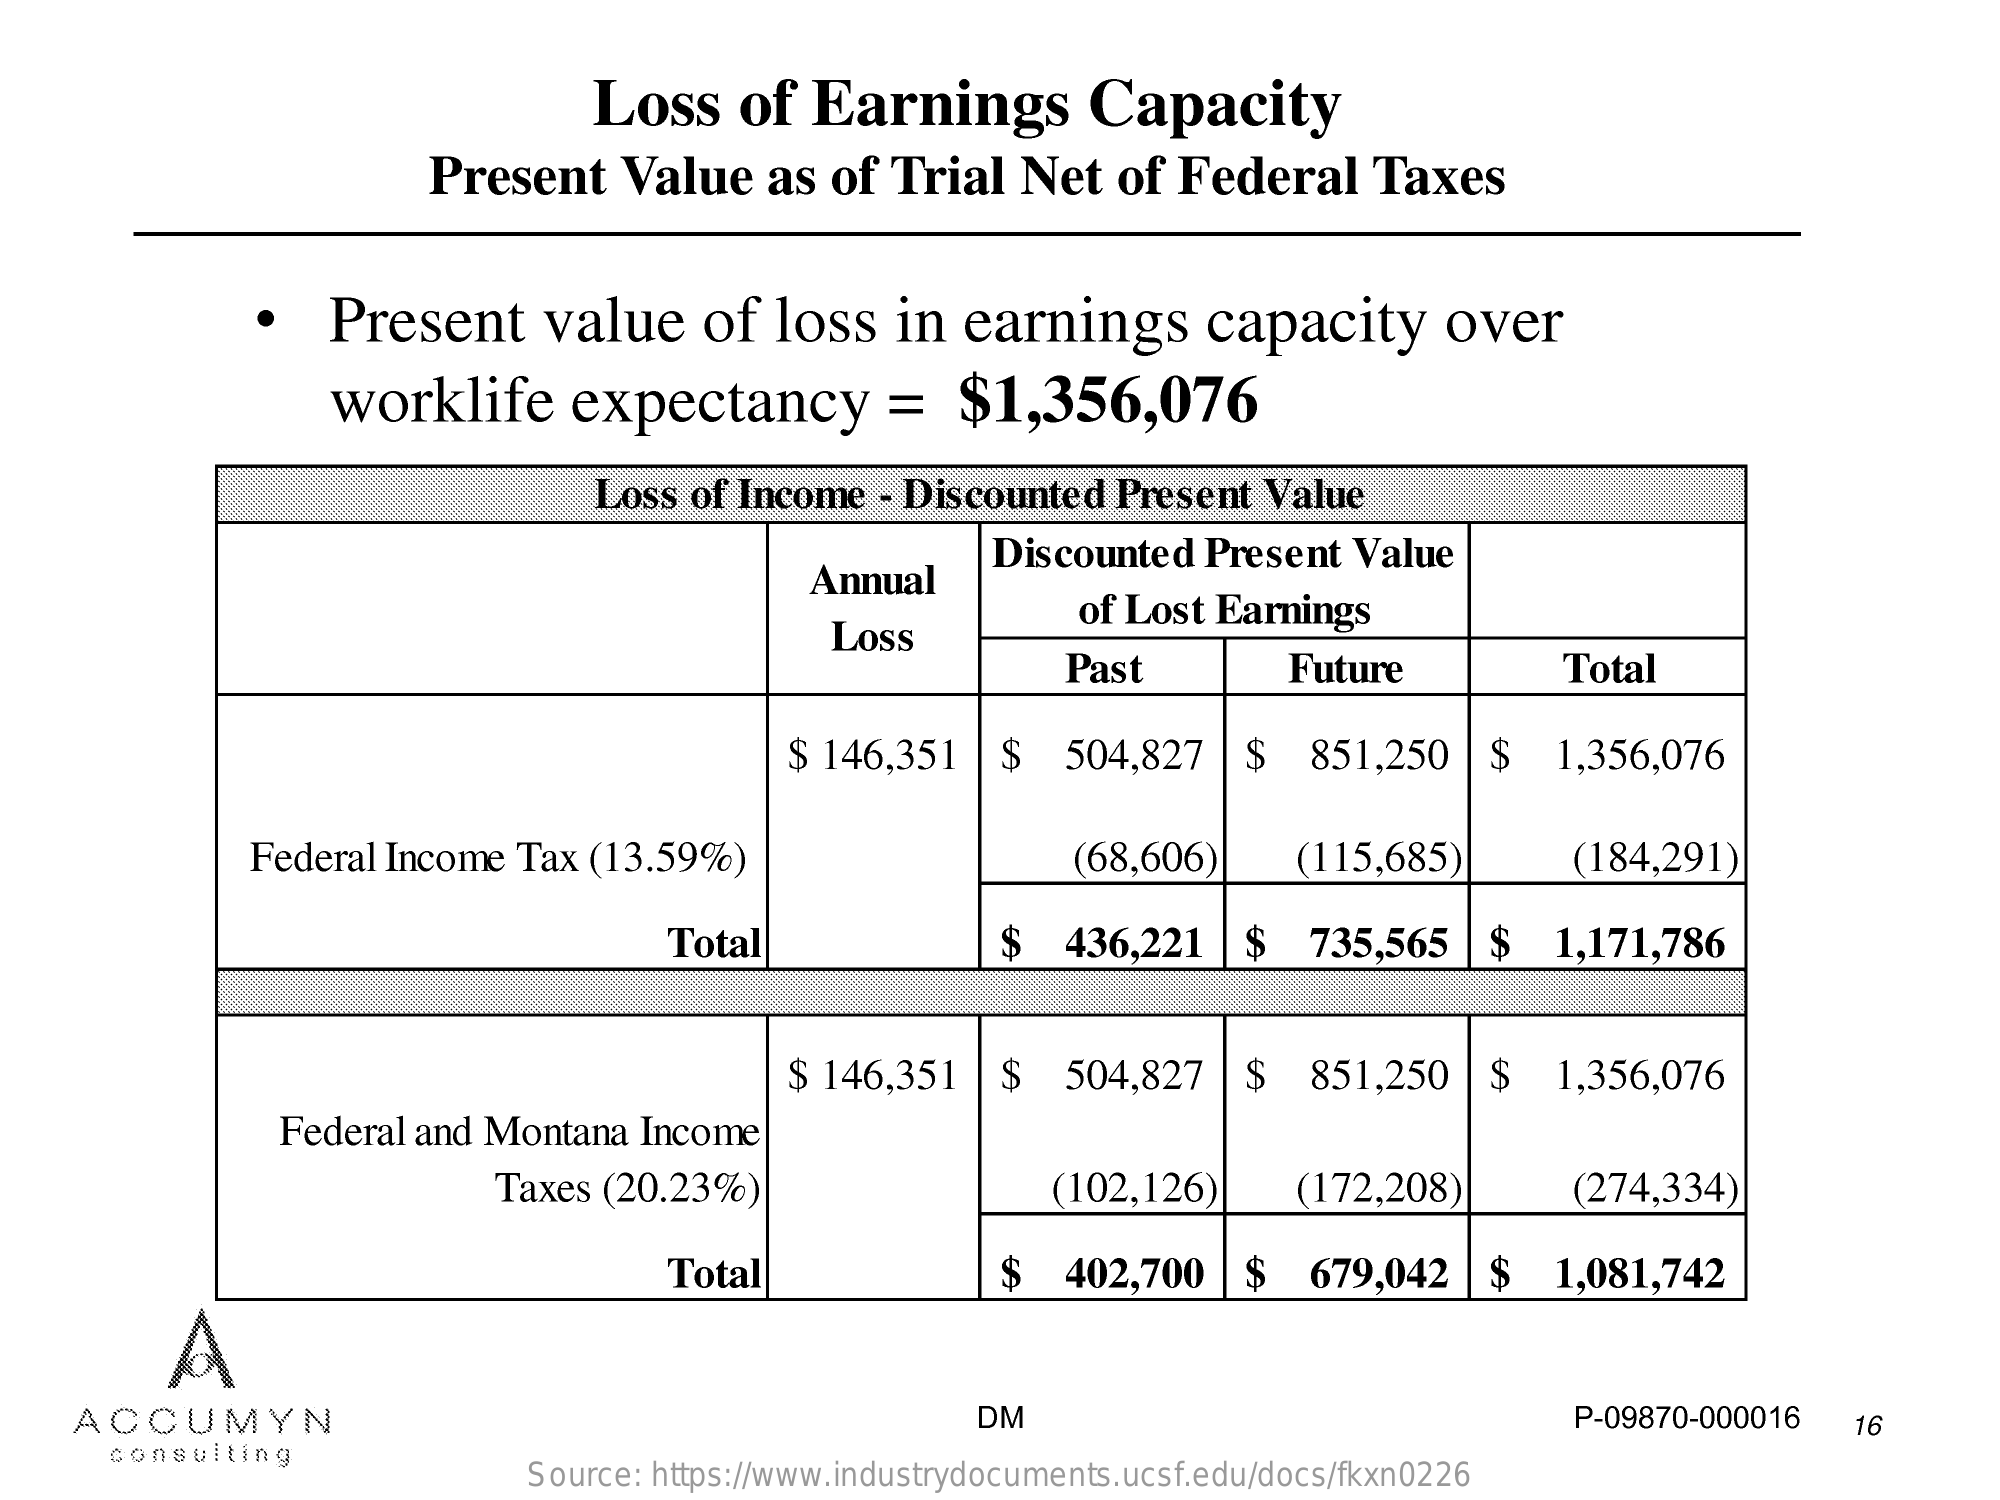
Loss    of   Earnings    Capacity
     Present    Value    as  of  Trial   Net   of  Federal    Taxes
     ·   Present    value    of  loss    in  earnings    capacity    over
     worklife    expectancy    =   $1,356,076
     Loss of Income   - Discounted   Present  Value
     Annual
     Discounted   Present   Value
     Loss
     of Lost Earnings
     Past    Future    Total
     $ 146,351    $   504,827    $   851,250    $   1,356,076
     Federal Income  Tax  (13.59%)    (68,606)    (115,685)    (184,291)
     Total    $   436,221    $   735,565    $   1,171,786
     $ 146,351    $   504,827    $   851,250    $   1,356,076
     Federal and Montana   Income
     Taxes  (20.23%)    (102,126)    (172,208)    (274,334)
     Total    $   402,700    $   679,042    $   1,081,742
     A
     ACCUMYN    DM    P-09870-000016    16
     consulting
     Source: https://www.industrydocuments.ucsf.edu/docs/fkxn0226